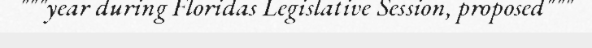
"""year during Floridas Legislative Session, proposed"""